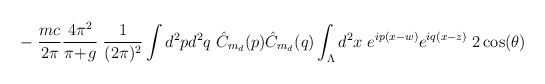
\begin{align*}- \; \frac{mc}{2\pi} \frac{4 \pi^2}{\pi\!+\!g} \; \frac{1}{(2\pi)^2}\int d^2p d^2q \; \hat{C}_{m_d}(p) \hat{C}_{m_d}(q)\int_\Lambda d^2 x \; e^{ip(x-w)}e^{iq(x-z)}\; 2 \cos(\theta)\end{align*}